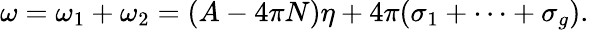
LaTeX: \omega=\omega_{1}+\omega_{2}=(A-4\pi N)\eta+4\pi(\sigma_{1}+\cdots+\sigma_{g}).